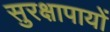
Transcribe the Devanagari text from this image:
सुरक्षापायों